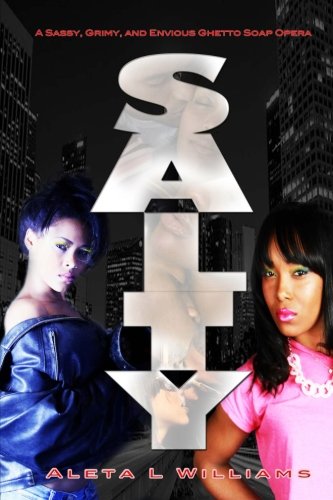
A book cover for Salty: A Ghetto Soap Opera; Aleta L Williams; Literature & Fiction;